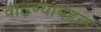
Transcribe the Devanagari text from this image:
वाढण्याबद्दल